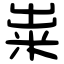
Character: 粜